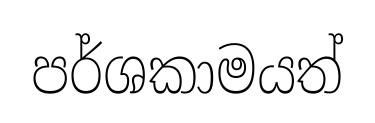
පර්ශකාමයත්